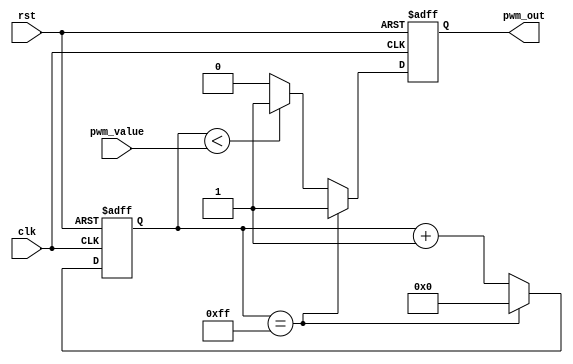
module pwm_timer(input clk,      // system clock input
                   input rst,      // reset signal input
                   input [7:0] pwm_value, // duty cycle value input
                   output reg pwm_out   // PWM output
                   );

  reg [7:0] counter;
  
  always @(posedge clk or posedge rst) begin
    if (rst) begin
      counter <= 8'h00;
      pwm_out <= 1'b0;
    end else begin
      if (counter == 8'hff) begin
        counter <= 8'h00;
        pwm_out <= 1'b1;
      end else begin
        if (counter < pwm_value) begin
          pwm_out <= 1'b1;
        end else begin
          pwm_out <= 1'b0;
        end
        counter <= counter + 1;
      end
    end
  end

endmodule